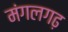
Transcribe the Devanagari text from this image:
मंगलगढ़